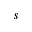
s